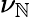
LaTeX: \nu_{\mathbb{N}}